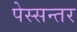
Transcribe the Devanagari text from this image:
पेस्सन्तर